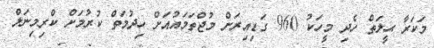
މަކަރާ ޙީލަތް ހެދި މީހަކު 960 ގަޑިއިރަށް މުޖްތަމައުއަށް ހިދުމަތް ކުރުމަށް ކްރިމިނަލް